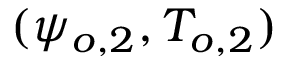
( \psi _ { o , 2 } , T _ { o , 2 } )